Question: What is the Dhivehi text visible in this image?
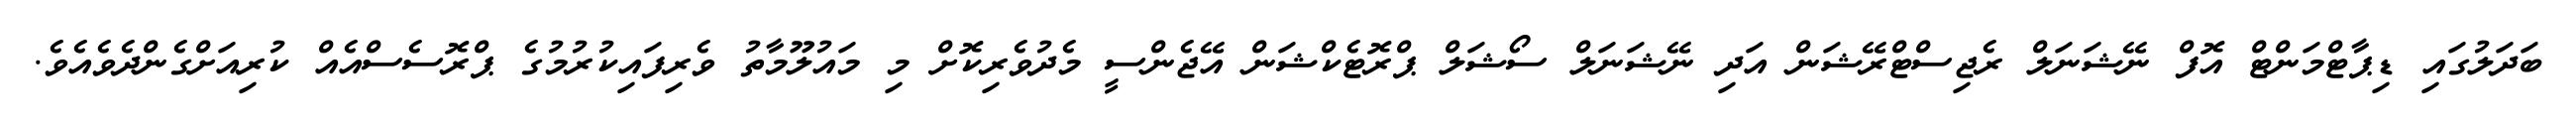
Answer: ބަދަލުގައި ޑިޕާޓްމަންޓް އޮފް ނޭޝަނަލް ރެޖިސްޓްރޭޝަން އަދި ނޭޝަނަލް ސޯޝަލް ޕްރޮޓެކްޝަން އޭޖެންސީ މެދުވެރިކޮށް މި މައުލޫމާތު ވެރިފައިކުރުމުގެ ޕްރޮސެސްއެއް ކުރިއަށްގެންދެވެއެވެ.